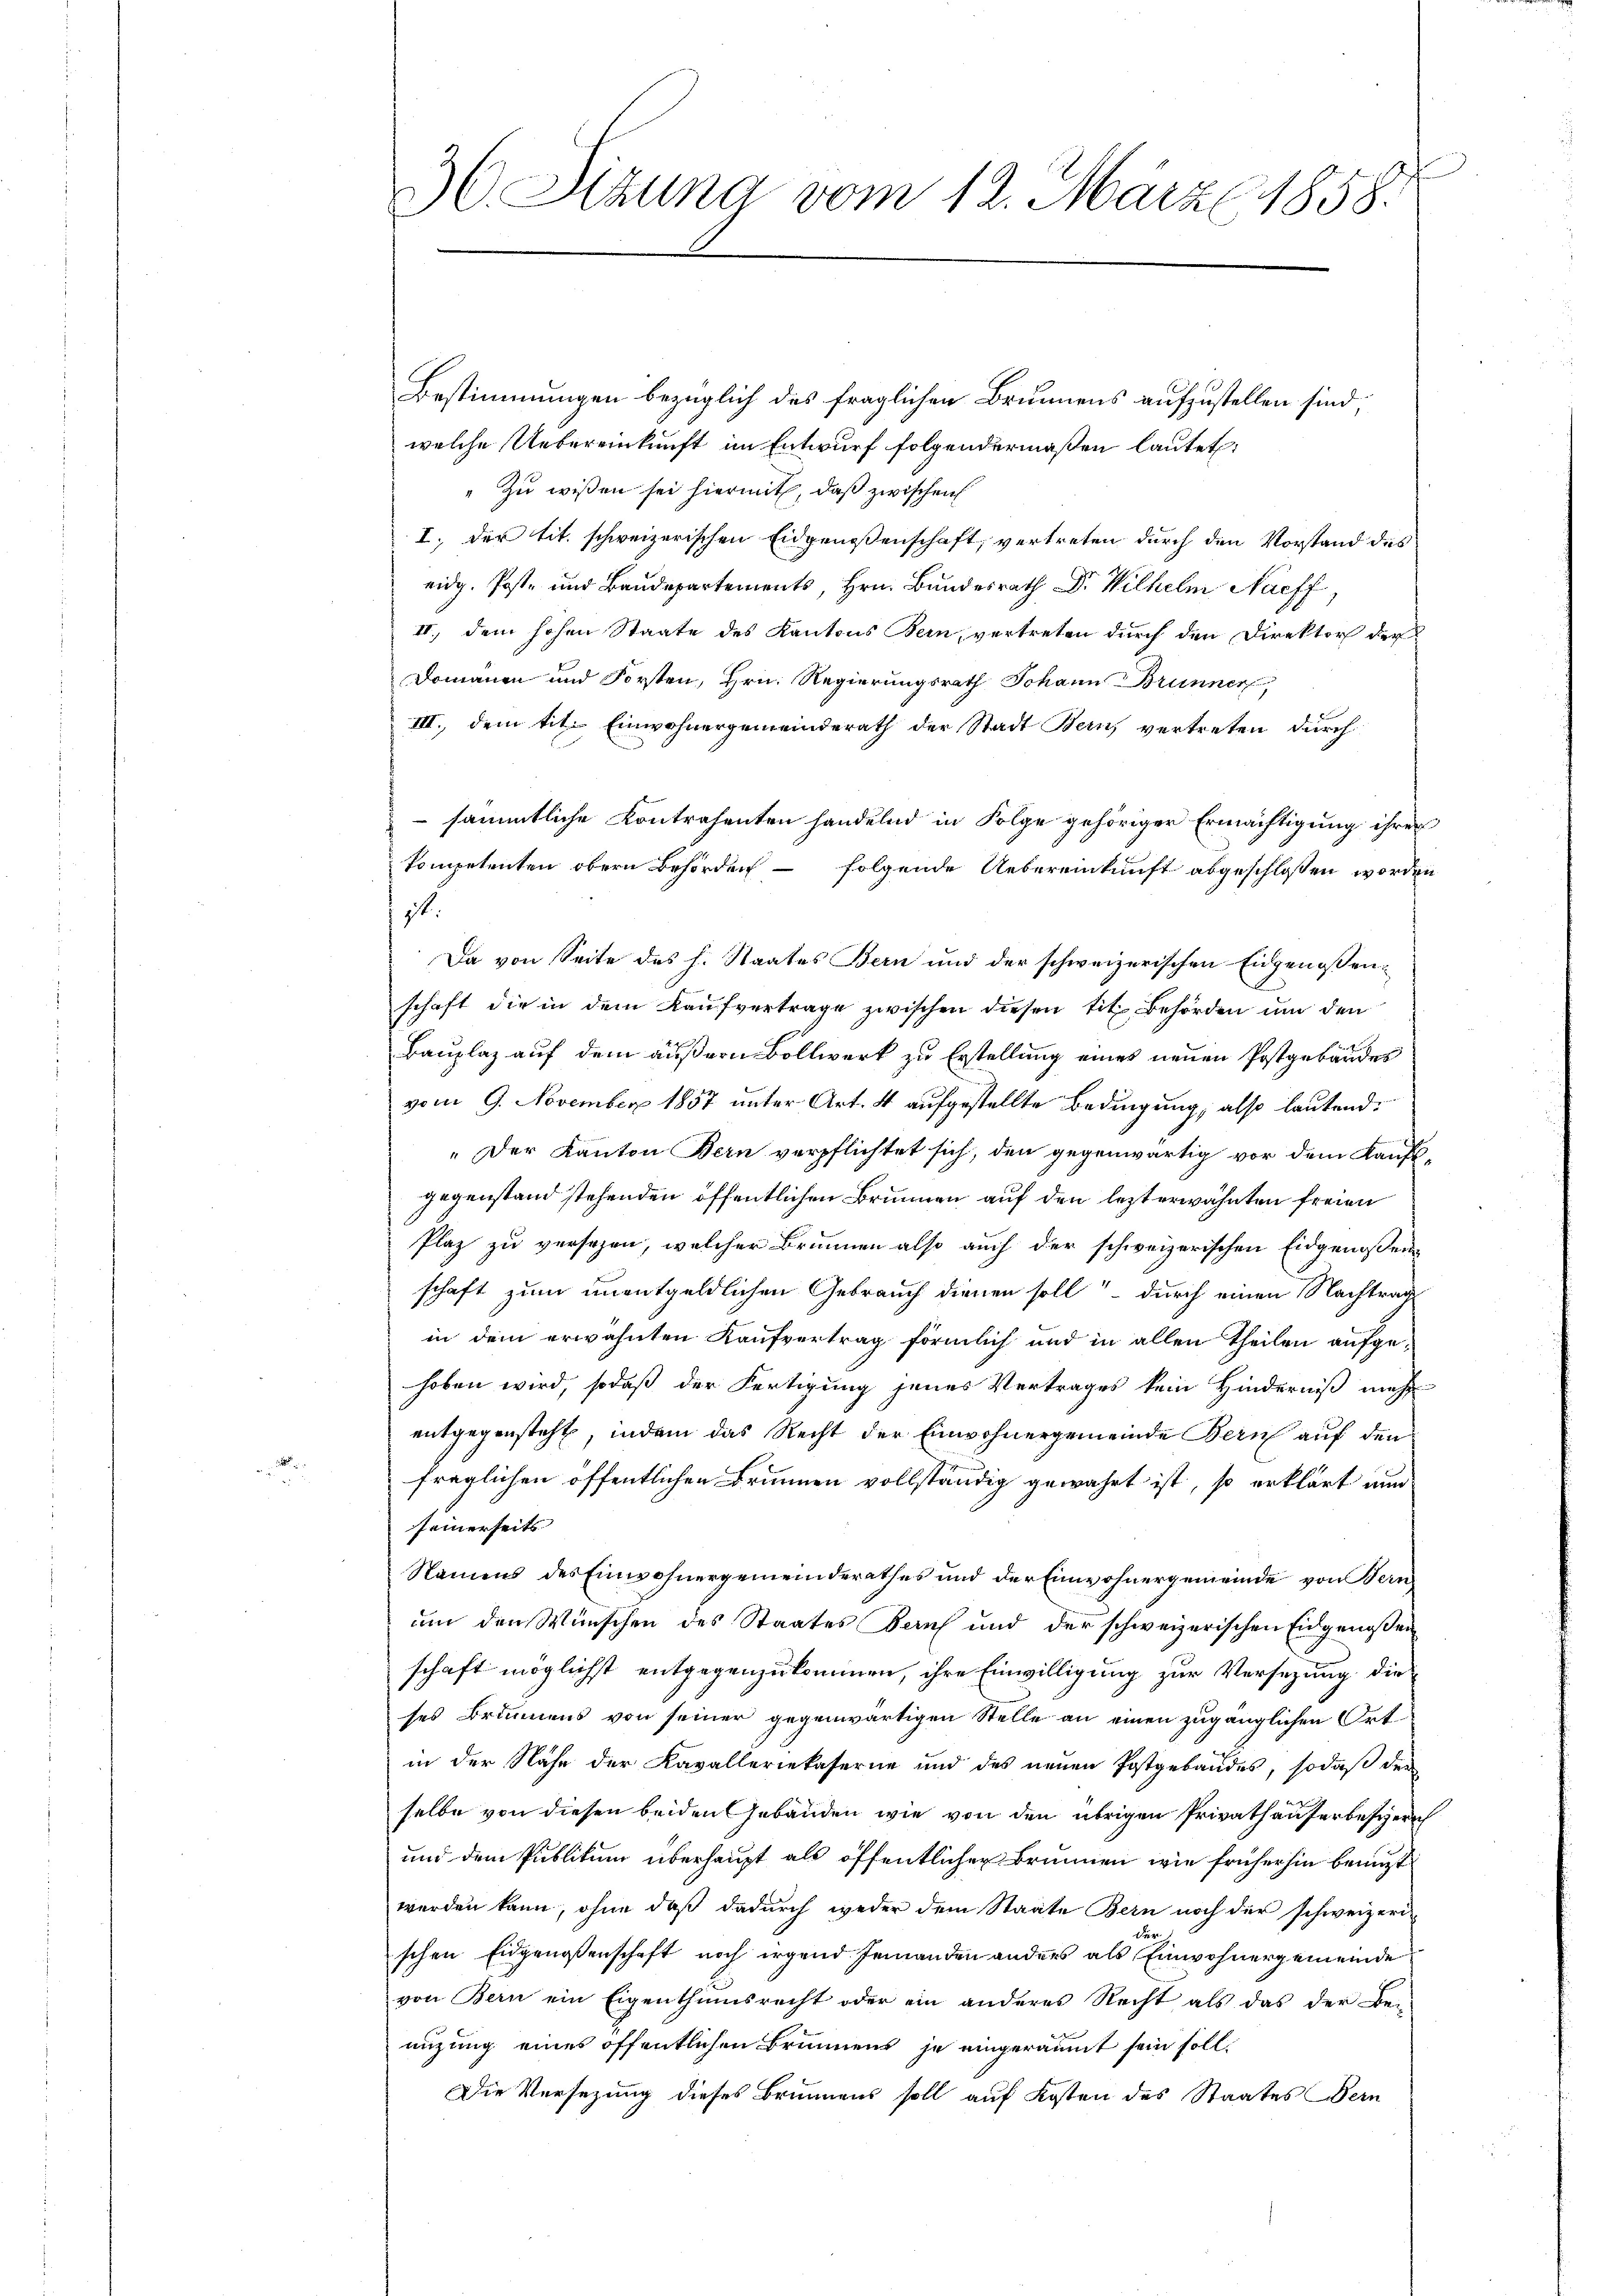
30. Sitzung vom 12. März 1858.

Bestimmungen bezüglich des fraglichen Brunnens aufzustellen sind,
welche Uebereinkunft im Entwurf folgendermaßen lautet:
Zu wissen sei hiermit, daß zwischen
I. der tit. schweizerischen Eidgenossenschaft, vertreten durch den Vorstand des
eidg. Post- und Baudepartements, Hrn. Bundesrath Dr. Wilhelm Nac
II., dem hohen Staate des Kantons Bern, vertreten durch den Direktor der
Domänen und Forsten, Hrn. Regierungsrath Johann Brunner,
III., dem tit. Einwohnergemeinderath der Stadt Bern vertreten durch
 sämmtliche Kontrahenten handelnd in Folge gehöriger Ermächtigung ihrer
kompetenten obern Behörden – folgende Uebereinkunft abgeschlossen worden
it.
Da von Seite des h. Staates Bern und der schweizerischen Eidgenossenschaft die in dem Kaŭfvertrage zwischen diesen tit. Behörden um den
Bauplaz auf dem äußern Bollwerk zu Erstellung eines neuen Postgebäudes
vom 9. November 1857 unter Art. 4 aufgestellte Bedingung, also lautend
„Der Kanton Bern verpflichtet sich, den gegenwärtig vor dem Kaufgegenstand stehenden öffentlichen Brunnen auf den lezterwähnten freien
Plaz zu versehen, welcher Brunnen also auch der schweizerischen Eidgenossens
schaft zum unentgeldlichen Gebrauch dienen soll – durch einen Nachtrag
in dem erwähnten Kaufvertrag förmlich und in allen Theilen aufgehoben wird, sodaß der Fertigung jenes Vertrages kein Hinderniß mehr
entgegensteht, indem das Recht der Einwohnergemeinde Bern auf den
fraglichen öffentlichen Brunnen vollständig gewährt ist, so erklärt nun
seinerseits
Namens des Einwohnergemeinderathes und der Einwohnergemeinde von Bern
um den Wünschen des Staates Beruf und der schweizerischen Eidgenossen
schaft möglichst entgegenzukommen, ihre Einwilligung zur Versezung die
ses Brunnens von seiner gegenwärtigen Stelle an einen zugänglichen Ortin der Nähe der Kavalleriekaserne und des neuen Postgebäudes, sodaß der
selbe von diesen beiden Gebäuden wie von den übrigen Privathauferbessern
und dem Publikum überhaupt als öffentlichen Brunnen wie früherhin benuzt
werden kann, ohne daß dadurch weder dem Staate Bern noch der schweizeri-
Frz.
schen Eidgenossenschaft noch irgend Jemanden anders als Einwohnergemeinde
von Bern ein Eigenthumsrecht oder ein anderes Recht als das der Be-
nizung eines öffentlichen Brunnens je eingeräumt sein soll,
Die Versezung dieses Brunnens soll auf Kosten des Staates Bern